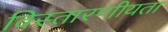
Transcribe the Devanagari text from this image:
विस्तारणीयता